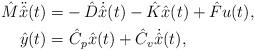
LaTeX: \begin{align*}\hat{M} \ddot{\hat{x}}(t)= & - \hat{D} \dot{\hat{x}}(t) - \hat{K} \hat{x}(t) + \hat{F} u(t), \\ \hat{y}(t)= & \ \hat{C}_{p} \hat{x}(t) + \hat{C}_{v} \dot{\hat{x}}(t), \end{align*}